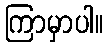
ကြာမှာပါ။